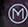
m